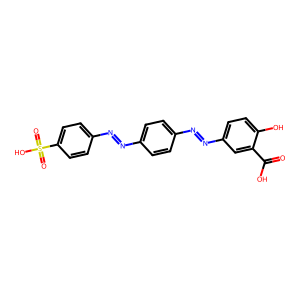
SMILES: O=C(O)c1cc(N=Nc2ccc(N=Nc3ccc(S(=O)(=O)O)cc3)cc2)ccc1O
Inhibits HIV replication: No